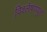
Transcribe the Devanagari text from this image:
विश्लेषणयुक्त